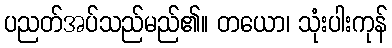
ပညတ်အပ်သည်မည်၏။ တယော၊ သုံးပါးကုန်